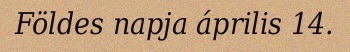
Földes napja április 14.